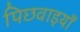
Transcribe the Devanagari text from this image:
पिछवाइयाँ